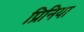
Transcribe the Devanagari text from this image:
प्रिनिया